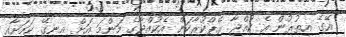
އޭގެ އިތުރުން އެ ކުއްޖާ ރޭޕްކުރާކަން އެކުއްޖާގެ މަންމަ އަށް އިނގޭ ކަމަށާއި